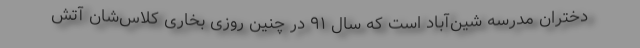
دختران مدرسه شین‌آباد است که سال ۹۱ در چنین روزی بخاری کلاس‌شان آتش